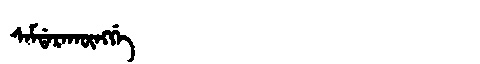
Manchu: ᠰᠠᠮᡩᠠᡵᠠᡴᡡᠩᡤᡝ
Romanization: SAMDARAKŪNGGE